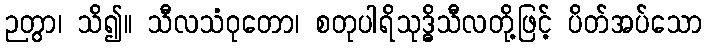
ဉတွာ၊ သိ၍။ သီလသံဝုတော၊ စတုပါရိသုဒ္ဓိသီလတို့ဖြင့် ပိတ်အပ်သော